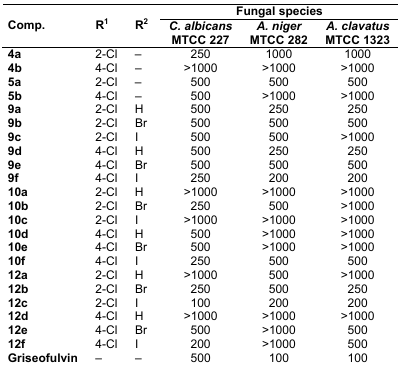
<table><thead><tr><td rowspan="2"><b>Comp.</b></td><td rowspan="2"><b>R<sup>1</sup></b></td><td rowspan="2"><b>R<sup>2</sup></b></td><td colspan="3"><b>Fungal species</b></td></tr><tr><td><b><i>C. albicans</i> MTCC 227</b></td><td><b><i>A. niger</i> MTCC 282</b></td><td><b><i>A. clavatus</i> MTCC 1323</b></td></tr></thead><tbody><tr><td><b>4a</b></td><td>2-Cl</td><td>–</td><td>250</td><td>1000</td><td>1000</td></tr><tr><td><b>4b</b></td><td>4-Cl</td><td>–</td><td>&gt;1000</td><td>&gt;1000</td><td>&gt;1000</td></tr><tr><td><b>5a</b></td><td>2-Cl</td><td>–</td><td>500</td><td>500</td><td>500</td></tr><tr><td><b>5b</b></td><td>4-Cl</td><td>–</td><td>500</td><td>&gt;1000</td><td>&gt;1000</td></tr><tr><td><b>9a</b></td><td>2-Cl</td><td>H</td><td>500</td><td>250</td><td>250</td></tr><tr><td><b>9b</b></td><td>2-Cl</td><td>Br</td><td>500</td><td>500</td><td>500</td></tr><tr><td><b>9c</b></td><td>2-Cl</td><td>I</td><td>500</td><td>500</td><td>&gt;1000</td></tr><tr><td><b>9d</b></td><td>4-Cl</td><td>H</td><td>500</td><td>250</td><td>250</td></tr><tr><td><b>9e</b></td><td>4-Cl</td><td>Br</td><td>500</td><td>500</td><td>500</td></tr><tr><td><b>9f</b></td><td>4-Cl</td><td>I</td><td>250</td><td>200</td><td>200</td></tr><tr><td><b>10a</b></td><td>2-Cl</td><td>H</td><td>&gt;1000</td><td>&gt;1000</td><td>&gt;1000</td></tr><tr><td><b>10b</b></td><td>2-Cl</td><td>Br</td><td>250</td><td>500</td><td>&gt;1000</td></tr><tr><td><b>10c</b></td><td>2-Cl</td><td>I</td><td>&gt;1000</td><td>&gt;1000</td><td>&gt;1000</td></tr><tr><td><b>10d</b></td><td>4-Cl</td><td>H</td><td>500</td><td>&gt;1000</td><td>&gt;1000</td></tr><tr><td><b>10e</b></td><td>4-Cl</td><td>Br</td><td>500</td><td>&gt;1000</td><td>&gt;1000</td></tr><tr><td><b>10f</b></td><td>4-Cl</td><td>I</td><td>250</td><td>500</td><td>500</td></tr><tr><td><b>12a</b></td><td>2-Cl</td><td>H</td><td>&gt;1000</td><td>500</td><td>&gt;1000</td></tr><tr><td><b>12b</b></td><td>2-Cl</td><td>Br</td><td>250</td><td>500</td><td>250</td></tr><tr><td><b>12c</b></td><td>2-Cl</td><td>I</td><td>100</td><td>200</td><td>200</td></tr><tr><td><b>12d</b></td><td>4-Cl</td><td>H</td><td>&gt;1000</td><td>&gt;1000</td><td>&gt;1000</td></tr><tr><td><b>12e</b></td><td>4-Cl</td><td>Br</td><td>500</td><td>&gt;1000</td><td>500</td></tr><tr><td><b>12f</b></td><td>4-Cl</td><td>I</td><td>200</td><td>&gt;1000</td><td>500</td></tr><tr><td><b>Griseofulvin</b></td><td>–</td><td>–</td><td>500</td><td>100</td><td>100</td></tr></tbody></table>